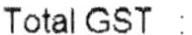
TOTAL GST :